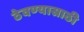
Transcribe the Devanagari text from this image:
ठेवण्‍यासाठी